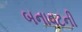
બનાવટની